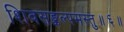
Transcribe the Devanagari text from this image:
शिवसङ्कल्पमस्तु॥६॥